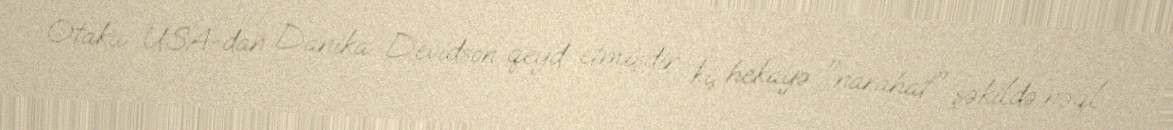
Otaku USA-dan Danika Devidson qeyd etmişdir ki, hekayə "narahat" şəkildə nəql